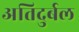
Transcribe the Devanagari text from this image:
अतिदुर्बल